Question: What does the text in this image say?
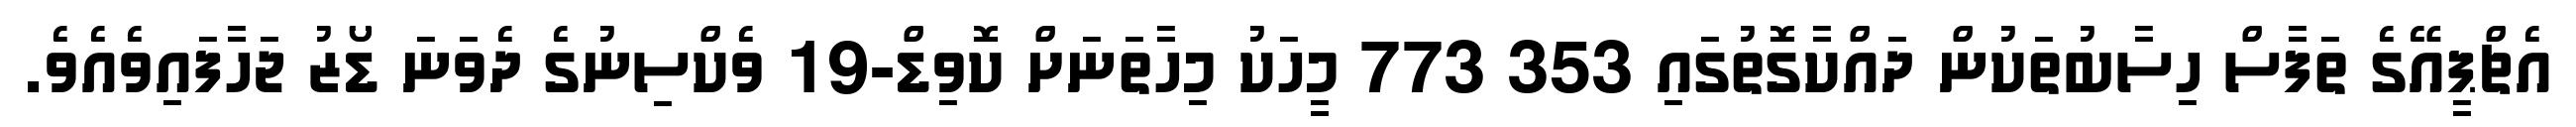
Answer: އެޗްޕީއޭގެ ތަފާސް ހިސާބުތަކުން ދައްކާގޮތުގައި 353 773 މީހަކު މިހާތަނަށް ކޮވިޑް-19 ވެކްސިނުގެ ދެވަނަ ޑޯޒު ޖަހާފައިވެއެވެ.